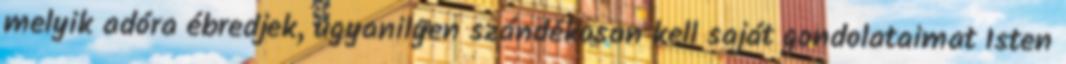
melyik adóra ébredjek, ugyanilyen szándékosan kell saját gondolataimat Isten